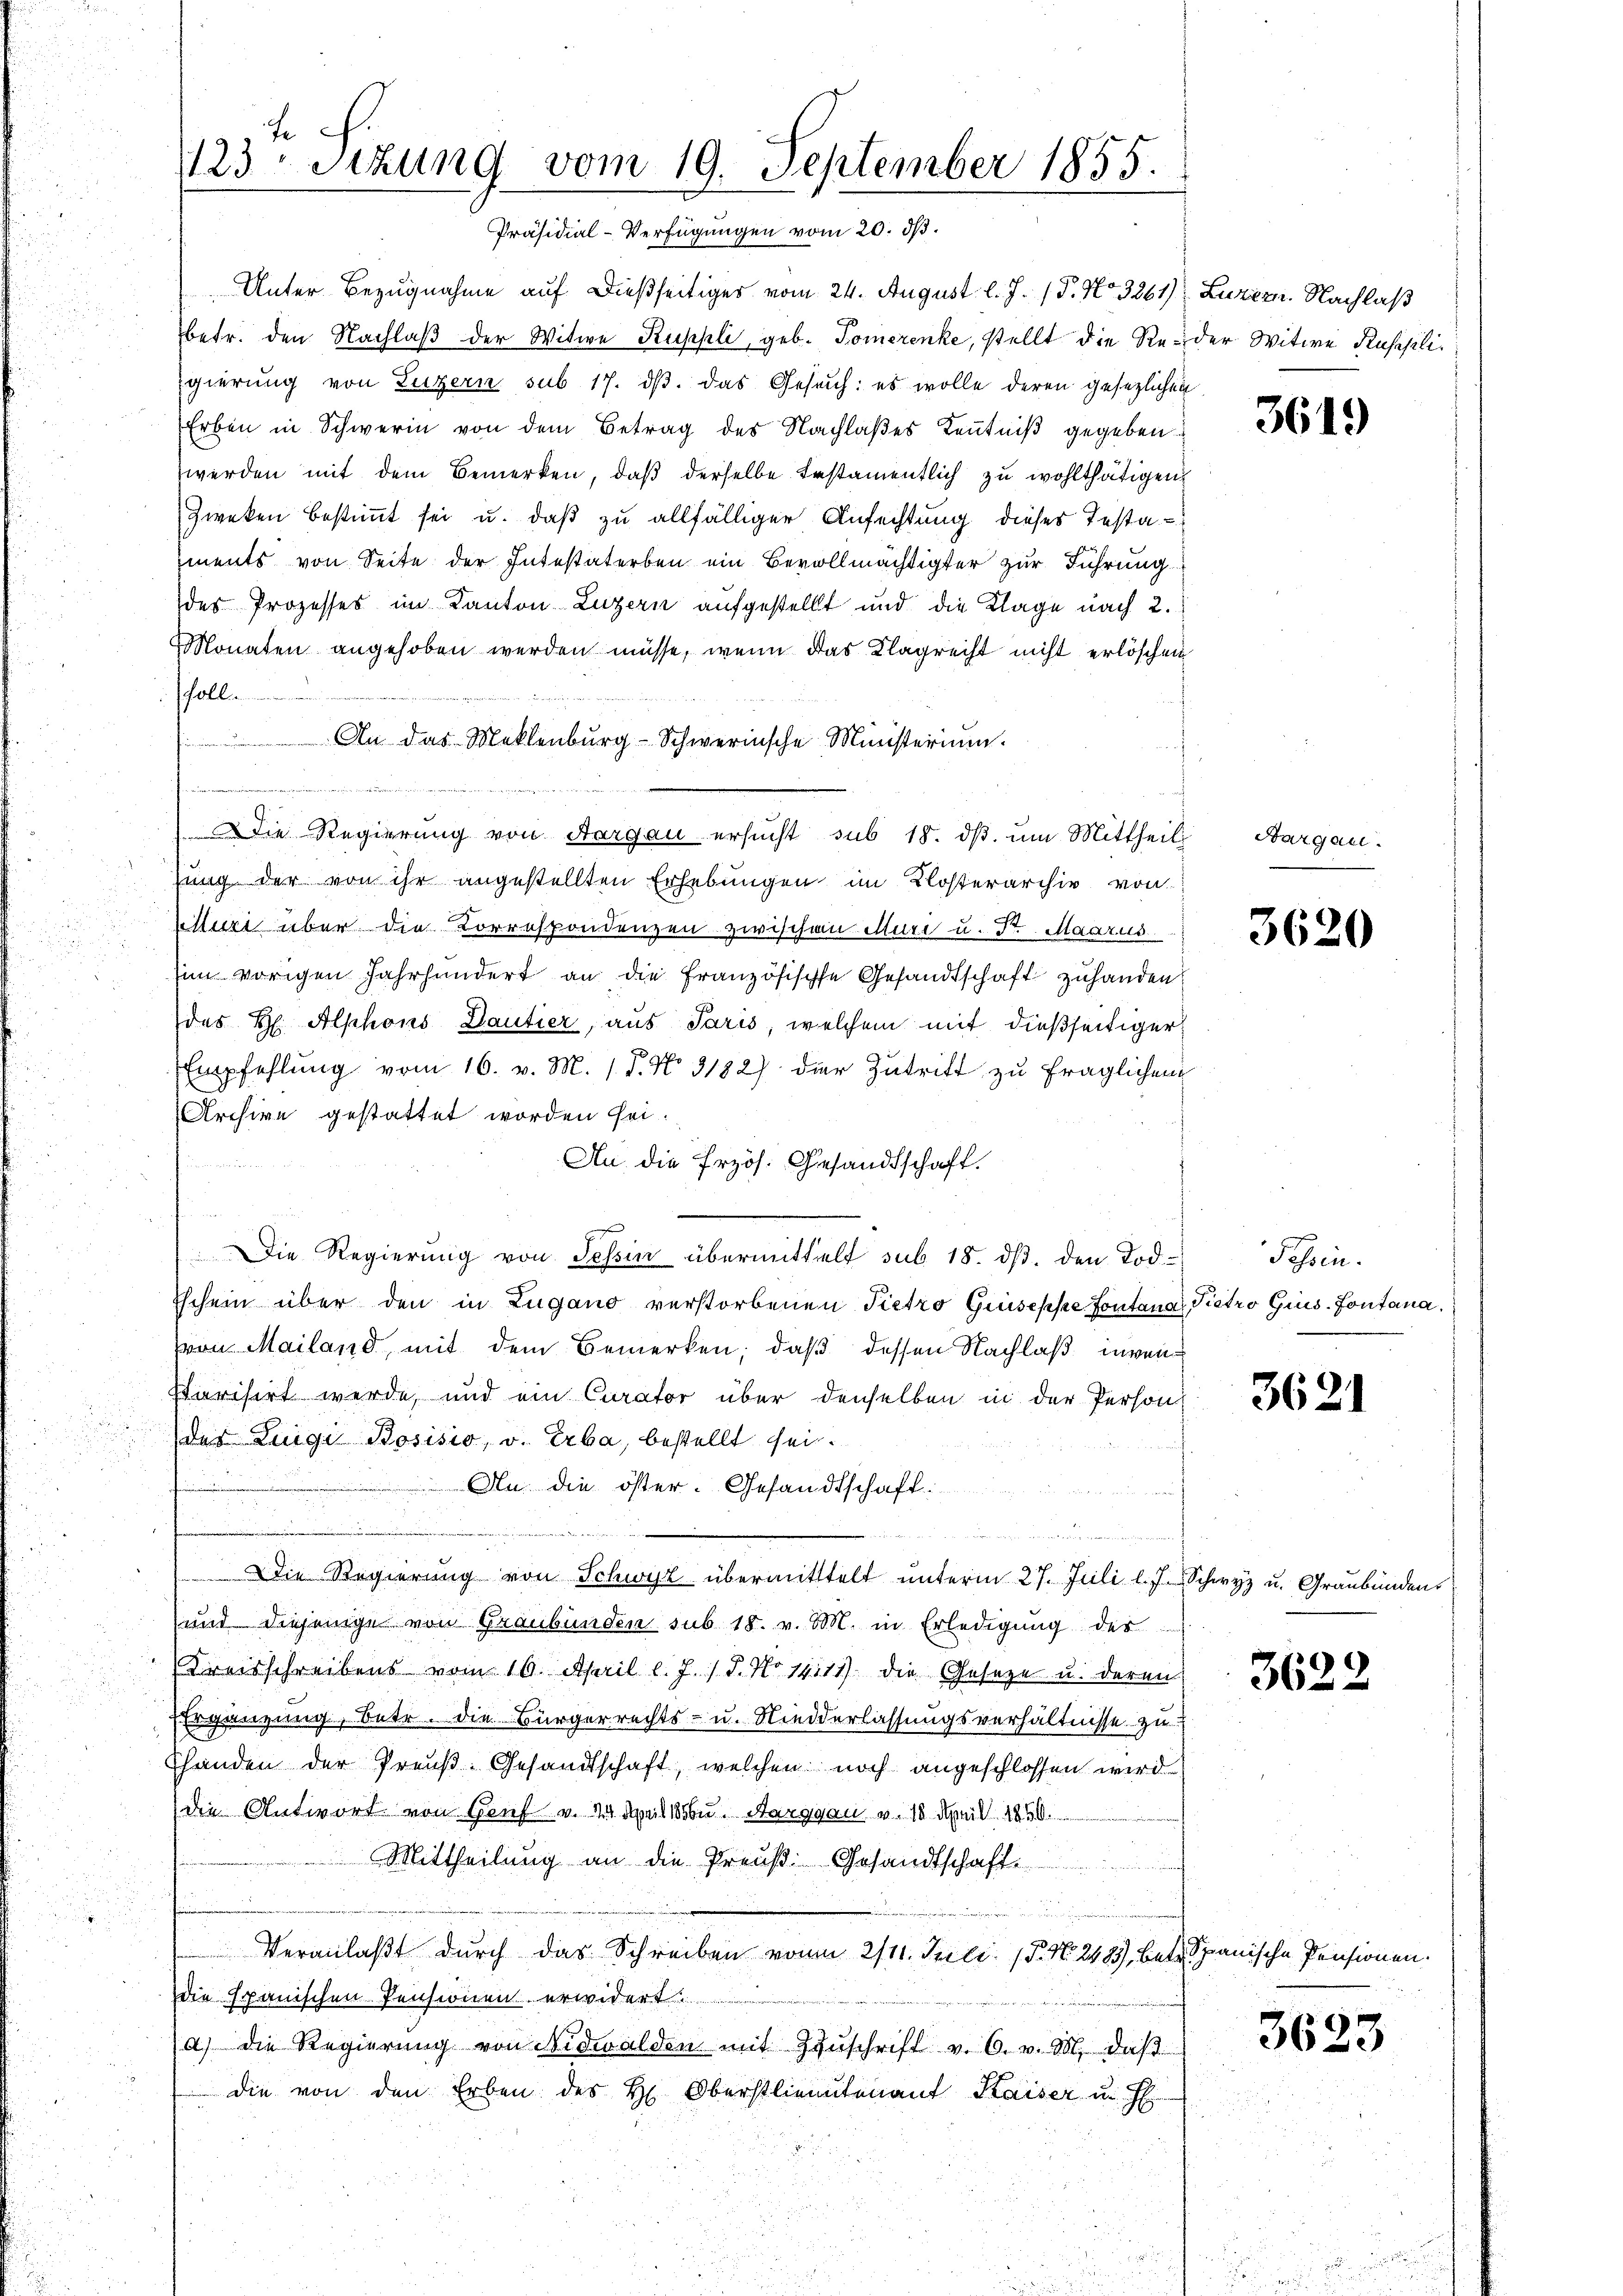
123 Sizung vom 19. September 1855.
Präsidial-Verfügungen vom 20. ds.

Unter Bezugnahme auf dießseitiger vom 24. August l. J. P. No 3261)
betr. den Nachlaß der Witwe Kuppli, geb. Tomerenke, stellt die Reder Witwe Russli
Egierung von Luzern sub 17. dβ. das Gesuch: es wolle deren gesezlichen
Erben in Schwerin von dem Betrag des Nachlaßes Kenntniß gegeben
werden mit dem Bemerken, daß derselbe erstamentlich zu wohlthätigen
Zweken bestimmt sei u. daß zu allfälliger Anfechtung dieses Testaiments von Seite der Intestaterben ein Bevollmächtigter zur Führung
des Prozesses im Kanton Luzern aufgestellt und die Klage nach 2.
Monaten angehoben werden müsse, wenn das Klagrecht nicht erlöschen
hall
 An das Meklenburg-Schwerinsche Ministerium
n
die Regierung von Aargau ersucht sub 18. ds. um Mittheil
ung der von ihr angestellten Erhebungen im Klosterarchiv von
lluri über die Korrespondenzen zwischen Muri u. Dr. Maarus
im vorigen Jahrhundert an die französische Gesandtschaft zuhanden
des H. Alphons Dantier, aus Paris, welchem mit dießseitiger
Empfehlung vom 16. v. M. (T. No. 3182) der Zutrift zu fraglichem
Archive gestattet worden sei.
An die Erzös. Gesandtschaft.
Die Regierung von Tessin übermittelt sub 18. dβ. den Tod
Eschein über den in Zugano verstorbenen Pietro Giuseppe fontana, Pietro Gius, Fontana,
von Mailand, mit dem Bemerken; daß dessen Nachlaß invensarisirt werde, und ein Curator über denselben in der Person
(des Luigi Bosisio, v. Erba, bestellt sei.
An die öster Gesandtschaft
 dann man nun in einen nennen, wenn nicht meinen einemmung
Die Regierung von Schwyz übermitttelt ŭnterm 27. Juli l. J. Schwyz u. Graubünden
und diejenige von Graubünden sub 18. v. M. in Erledigung des
(Kreisschreibens vom 16. April l. J. J. No 14111) die Gesetze u. deren
Ergänzung, Betr. die Bürgerrechts- u. Niederlassungsverhältnisse zu
Thanden der Preuß. Gesandtschaft, welchen noch angeschlossen wird
die Antwort von Genf v. Tadelbe. Aargau v. 18. April 1850.
Mittheilung an die Preuß. Gesandtschaft.
u
Veranlaßt durch das Schreiben von 2/11. Juli 15. No. 2485, betr. Spanische Pensionen.
die spanischen Pensionen erwidert
a) die Regierung von Nidwalden mit Zŭschrift v. 6. v. M. daß
die von den Erben des H. Oberstlieutenant Kaiser u. H

Luzern. Nachlaß

3619

Aargau.

3620

Tessin.

3621

3622

3623